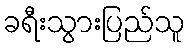
ခရီးသွားပြည်သူ